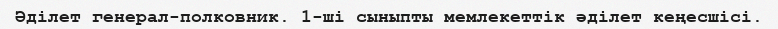
Әділет генерал-полковник. 1-ші сыныпты мемлекеттік әділет кеңесшісі.